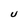
Character: U